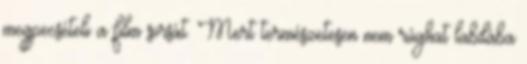
megpecsételi a film sorsát. Mert természetesen nem rúghat labdába